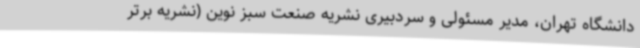
دانشگاه تهران، مدیر مسئولی و سردبیری نشریه صنعت سبز نوین (نشریه برتر